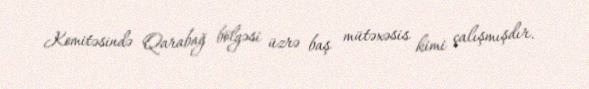
Komitəsində Qarabağ bölgəsi üzrə baş mütəxəsis kimi çalışmışdır.